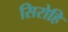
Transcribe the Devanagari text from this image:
सिरोहि